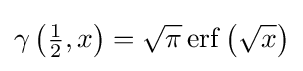
\gamma \left({\tfrac {1}{2}},x\right)={\sqrt {\pi }}\operatorname {erf} \left({\sqrt {x}}\right)